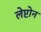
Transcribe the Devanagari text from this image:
लेप्टोन